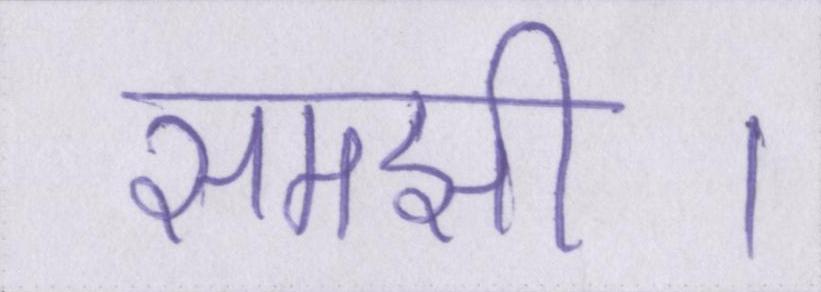
समझी।